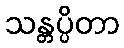
သန္တပ္ပိတာ